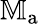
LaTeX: \mathbb{M}_{\mathrm{a}}